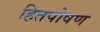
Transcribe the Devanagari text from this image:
हितपोषण